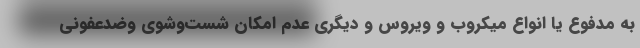
به مدفوع یا انواع میکروب و ویروس و دیگری عدم امکان شست‌و‌شوی وضدعفونی